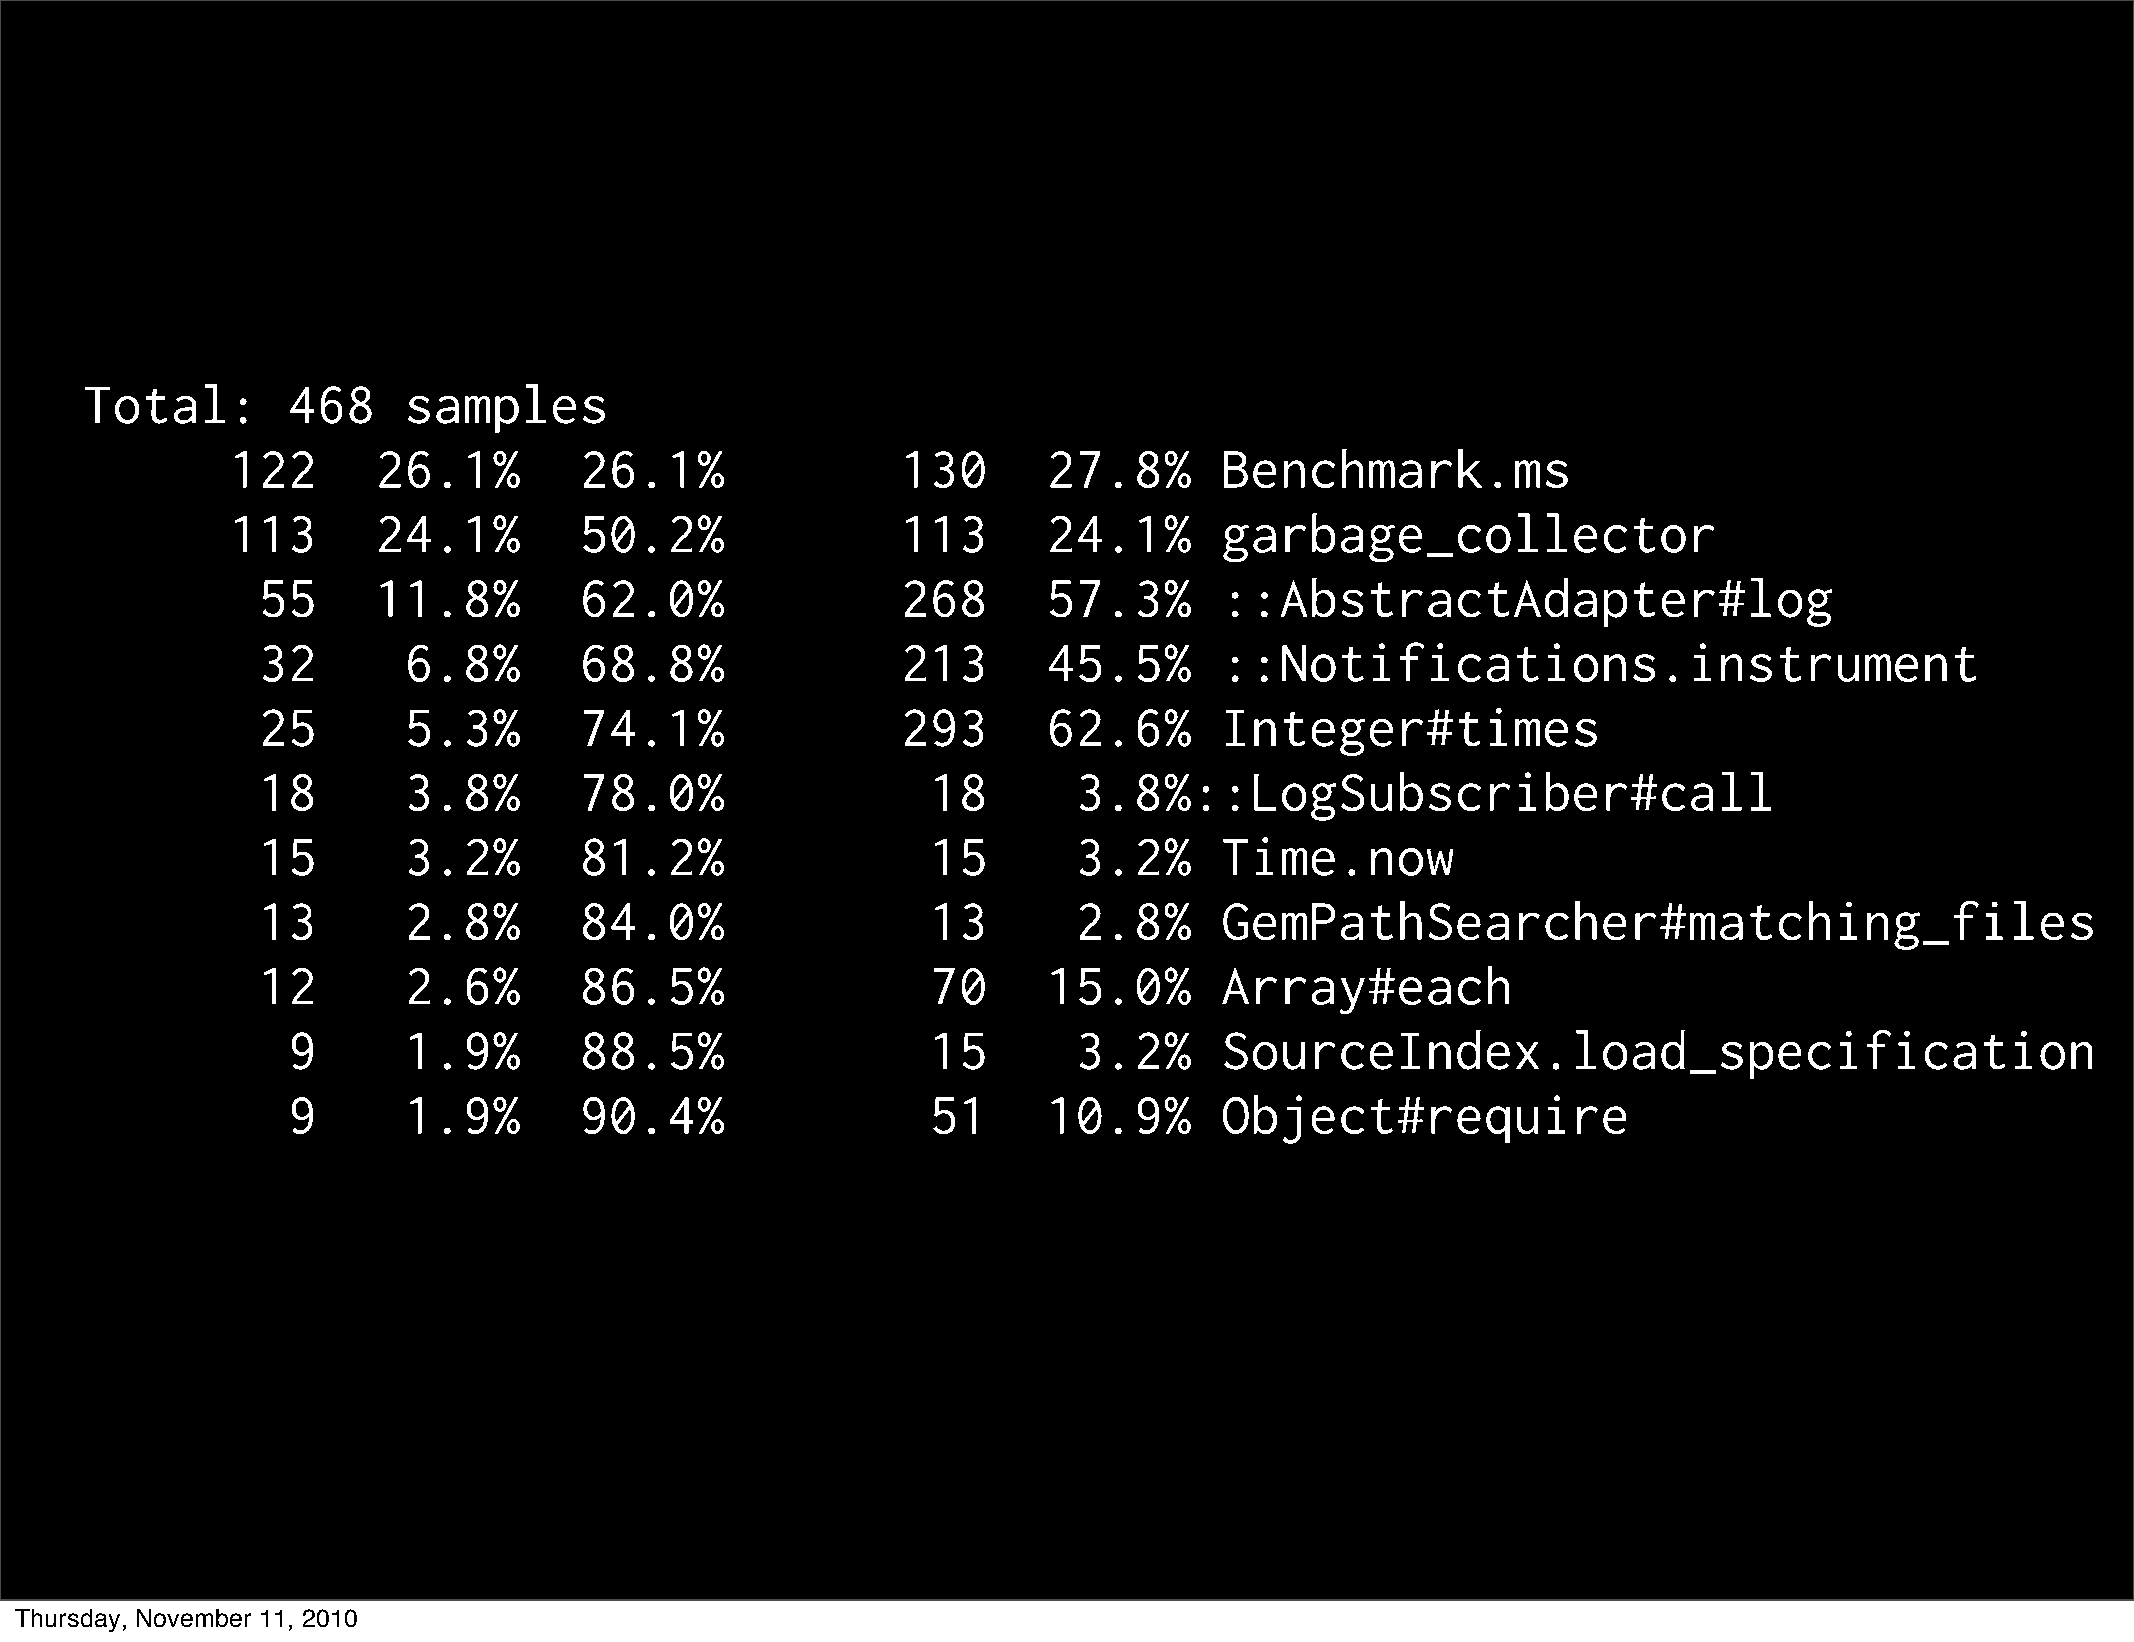
Total:       468     samples
 122       26.1%        26.1%                 130      27.8%       Benchmark.ms
 113       24.1%        50.2%                 113      24.1%       garbage_collector
 55      11.8%        62.0%                 268      57.3%       ::AbstractAdapter#log
 32        6.8%       68.8%                 213      45.5%       ::Notifications.instrument
 25        5.3%       74.1%                 293      62.6%       Integer#times
 18        3.8%       78.0%                   18       3.8%::LogSubscriber#call
 15        3.2%       81.2%                   15       3.2%      Time.now
 13        2.8%       84.0%                   13       2.8%      GemPathSearcher#matching_files
 12        2.6%       86.5%                   70     15.0%       Array#each
 9       1.9%       88.5%                   15       3.2%      SourceIndex.load_specification
 9       1.9%       90.4%                   51     10.9%       Object#require
 Thursday, November 11, 2010